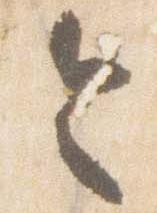
令